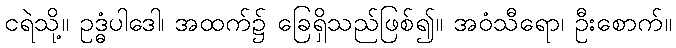
ငရဲသို့။ ဥဒ္ဓံပါဒေါ၊ အထက်၌ ခြေရှိသည်ဖြစ်၍။ အဝံသီရော၊ ဦးစောက်။